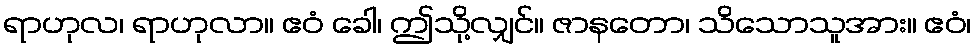
ရာဟုလ၊ ရာဟုလာ။ ဧဝံ ခေါ၊ ဤသို့လျှင်။ ဇာနတော၊ သိသောသူအား။ ဧဝံ၊